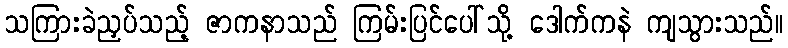
သကြားခဲညှပ်သည့် ဇာကနာသည် ကြမ်းပြင်ပေါ်သို့ ဒေါက်ကနဲ ကျသွားသည်။